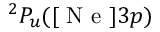
^ 2 P _ { u } ( [ \mathrm { ~ N ~ e ~ } ] 3 p )